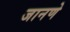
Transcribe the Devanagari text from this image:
जानणे